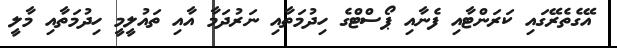
އޭގެތެރޭގައި ކަރަންޓާއި ފެނާއި ޕޯސްޓްގެ ހިދުމަތާއި ނަރުދަމާ އާއި ތައުލީމީ ހިދުމަތާއި މާލީ